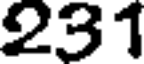
231